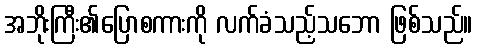
အဘိုးကြီး၏ပြောစကားကို လက်ခံသည့်သဘော ဖြစ်သည်။